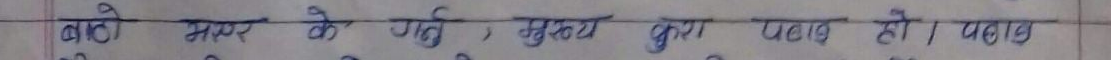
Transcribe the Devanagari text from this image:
बड़ी मात्रा के गए, मुख्य द्वारा पहच हो । पहच